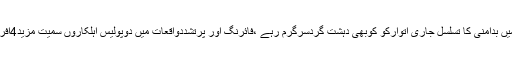
2014ء)شہرقائد میں بدامنی کا تسلسل جاری اتوارکو کوبھی دہشت گردسرگرم رہے ،فائرنگ اور پرتشددواقعات میں دوپولیس اہلکاروں سمیت مزید4افرادجاں بحق ہوگئے۔